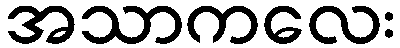
အသာကလေး